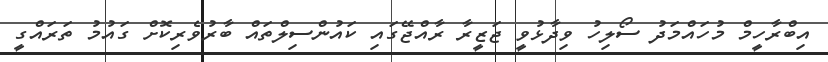
އިބްރާހީމް މުހައްމަދު ސޯލިހު ވިދާޅުވީ ޖަޒީރާ ރާއްޖޭގައި ކައުންސިލްތައް ބާރުވެރިކޮށް ގައުމު ތަރައްގީ